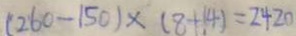
( 2 6 0 - 1 5 0 ) \times ( 8 + 1 4 ) = 2 4 2 0